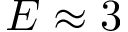
{ E \approx 3 }